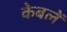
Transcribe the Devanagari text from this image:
केबलें